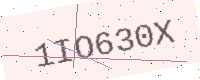
Text: 1IO630X